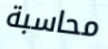
محاسبة